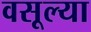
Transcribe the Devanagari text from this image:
वसूल्या